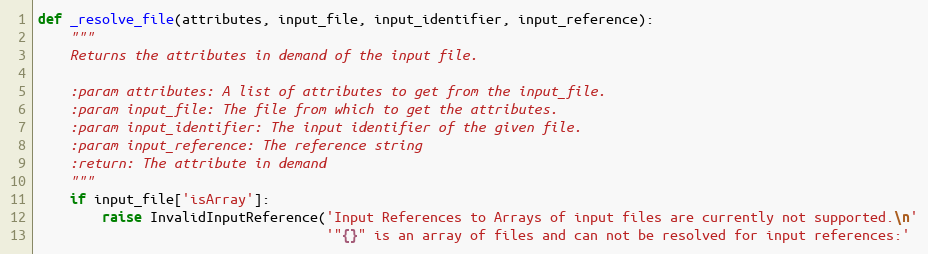
Language: Python
def _resolve_file(attributes, input_file, input_identifier, input_reference):
    """
    Returns the attributes in demand of the input file.

    :param attributes: A list of attributes to get from the input_file.
    :param input_file: The file from which to get the attributes.
    :param input_identifier: The input identifier of the given file.
    :param input_reference: The reference string
    :return: The attribute in demand
    """
    if input_file['isArray']:
        raise InvalidInputReference('Input References to Arrays of input files are currently not supported.\n'
                                    '"{}" is an array of files and can not be resolved for input references:'